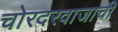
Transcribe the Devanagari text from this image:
चोरदरवाजाची